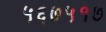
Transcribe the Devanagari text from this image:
५६७५१७